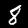
Digit: 8